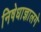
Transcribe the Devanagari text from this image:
निषेधाज्ञालगे